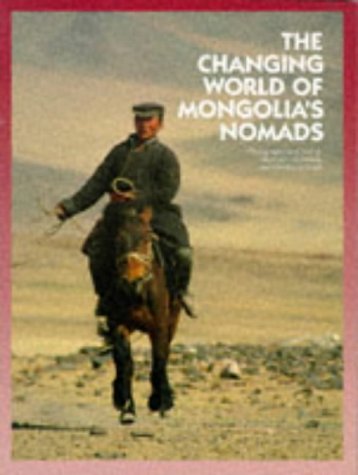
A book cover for Changing World of Mongolia's Nomads (Odyssey Illustrated Guides); Melvyn C. Goldstein; Travel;